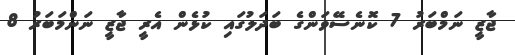
ޖާޒީ ނަމްބަރު 7 ކޮނެސޭވަންގެ ބަދަލުގައި ކުޅެން އެރީ ޖާޒީ ނަންމަބަރު 8